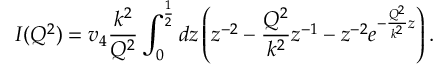
I ( Q ^ { 2 } ) = v _ { 4 } \frac { k ^ { 2 } } { Q ^ { 2 } } \int _ { 0 } ^ { \frac { 1 } { 2 } } d z \left( z ^ { - 2 } - \frac { Q ^ { 2 } } { k ^ { 2 } } z ^ { - 1 } - z ^ { - 2 } e ^ { - \frac { Q ^ { 2 } } { k ^ { 2 } } z } \right) .